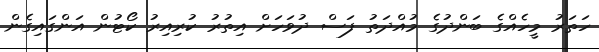
ހަތަރު މީހެއްގެ ބަންދުގެ މުއްދަތު ފަސް ދުވަހަށް އިތުރު ކުރިއިރު ކޯޓުން އަންގައިގެން